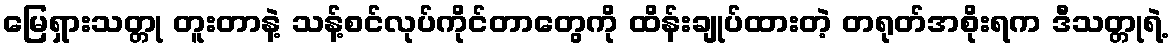
မြေရှားသတ္တု တူးတာနဲ့ သန့်စင်လုပ်ကိုင်တာတွေကို ထိန်းချုပ်ထားတဲ့ တရုတ်အစိုးရက ဒီသတ္တုရဲ့